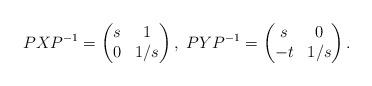
LaTeX: \begin{align*}PXP^{-1}=\begin{pmatrix} s & 1\\0 & 1/s\end{pmatrix},\ PYP^{-1}=\begin{pmatrix} s & 0\\-t & 1/s\end{pmatrix}.\end{align*}